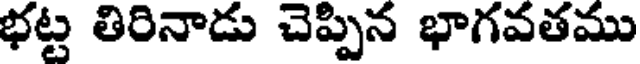
భట్ట తిరినాడు చెప్పిన భాగవతము